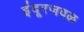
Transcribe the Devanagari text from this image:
इंदूरजवळ